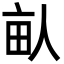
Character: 畒